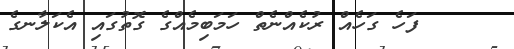
١٠٦    ފަހެ ގަހެއް ރުކެއްނެތް ހަމަބިމެއްގެ ގޮތުގައި އެކަލާނގެ